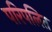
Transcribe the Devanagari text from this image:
परिपलित